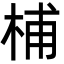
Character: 㭪